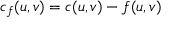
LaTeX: c _ { f } ( u , v ) = c ( u , v ) - f ( u , v )